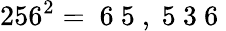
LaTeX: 256^{2}=\mathrm{~6~5~,~5~3~6~}